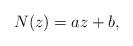
LaTeX: \begin{align*}N(z)=az+b,\end{align*}